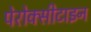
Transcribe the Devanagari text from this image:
पेरोक्सीटाइन